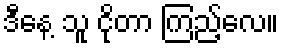
ဒီနေ့ သူ ငိုတာ ကြည့်လေ။